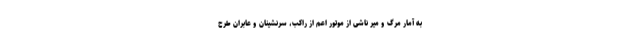
به آمار مرگ و میر ناشی از موتور اعم از راکب، سرنشینان و عابران طرح